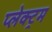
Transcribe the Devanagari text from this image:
प्लेक्ट्रम